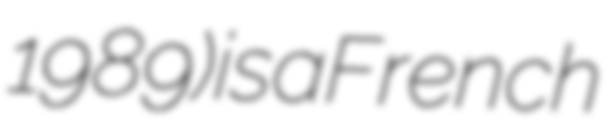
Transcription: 1989) is a French